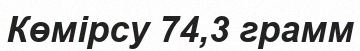
Көмірсу 74,3 грамм